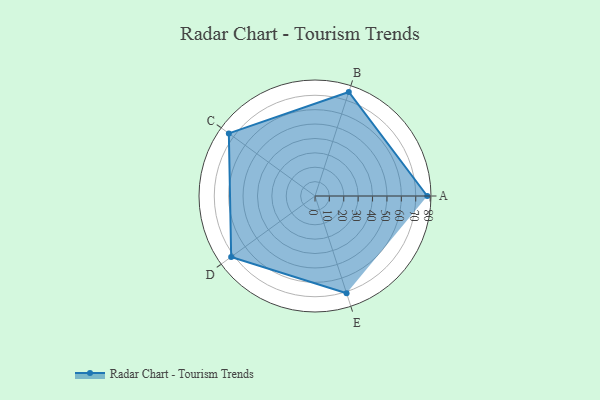
{"axis": {"x": "Skill", "y": "Score"}, "legend": ["Profile"], "data": [{"x": "A", "y": 78.0, "type": "Profile"}, {"x": "B", "y": 76.0, "type": "Profile"}, {"x": "C", "y": 74.0, "type": "Profile"}, {"x": "D", "y": 72.0, "type": "Profile"}, {"x": "E", "y": 71.0, "type": "Profile"}]}